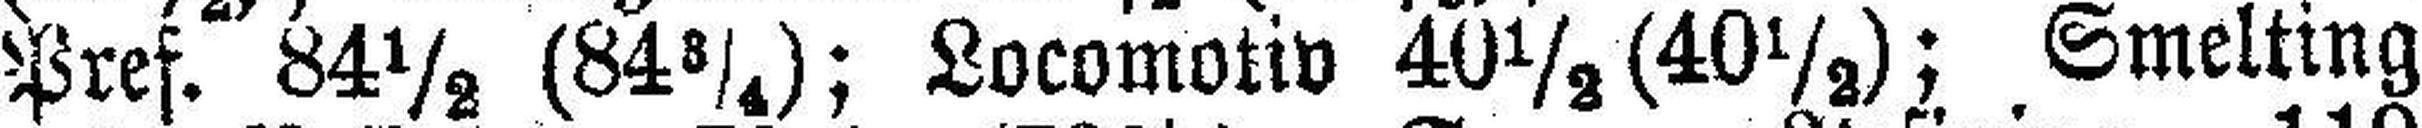
Pref. 84½ (84¾); Locomotiv 40½ (40½); Smelting